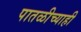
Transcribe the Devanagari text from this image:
पातळीच्याही